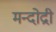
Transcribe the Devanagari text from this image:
मन्दोद्री